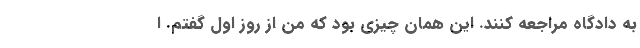
به دادگاه مراجعه کنند. این همان چیزی بود که من از روز اول گفتم. ا